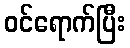
ဝင်ရောက်ပြီး